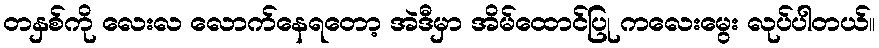
တနှစ်ကို လေးလ လောက်နေရတော့ အဲဒီမှာ အိမ်ထောင်ပြု ကလေးမွေး လုပ်ပါတယ်။